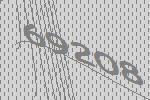
69208